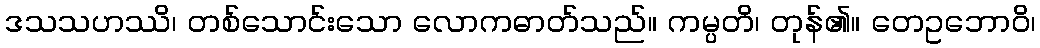
ဒသသဟဿိ၊ တစ်သောင်းသော လောကဓာတ်သည်။ ကမ္ပတိ၊ တုန်၏။ တေဥဘောဝိ၊